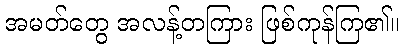
အမတ်တွေ အလန့်တကြား ဖြစ်ကုန်ကြ၏။